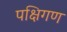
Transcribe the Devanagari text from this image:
पक्षिगण